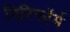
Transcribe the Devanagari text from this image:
पिरिफॉर्म